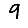
Digit: 9